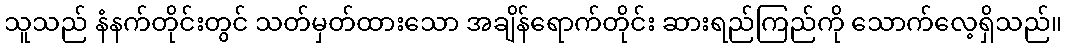
သူသည် နံနက်တိုင်းတွင် သတ်မှတ်ထားသော အချိန်ရောက်တိုင်း ဆားရည်ကြည်ကို သောက်လေ့ရှိသည်။